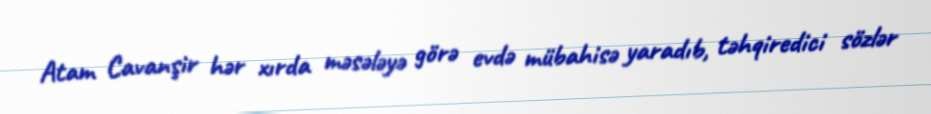
Atam Cavanşir hər xırda məsələyə görə evdə mübahisə yaradıb, təhqiredici sözlər